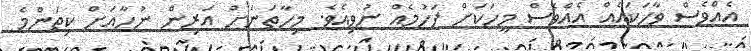
އެއްވެސް ވާހަކައެއް އެއްވެސް މީހަކަށް ފަހުމެއް ނުވިއެވެ. މިހާތަނަށް އަރިން ނުހާއަށް ކިތަންމެ